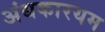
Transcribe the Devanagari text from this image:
अंधकारयम